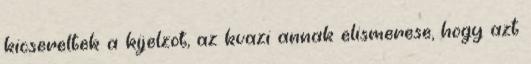
kicsereltek a kijelzot, az kvazi annak elismerese, hogy azt